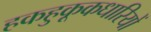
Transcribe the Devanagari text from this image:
हकहुकूकधारियों